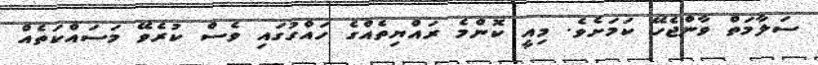
ސަލާމަތް ވާންޖެހޭ ކަމަށެވެ. މިއީ ކޮންމެ ރައްޔިތެއްގެ ހައްގުގައި ވެސް ކުރެވޭ މަސައްކަތެއް